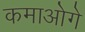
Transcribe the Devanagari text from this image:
कमाओगे